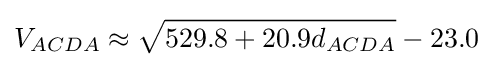
V_{ACDA}\approx {\sqrt {529.8+20.9d_{ACDA}}}-23.0